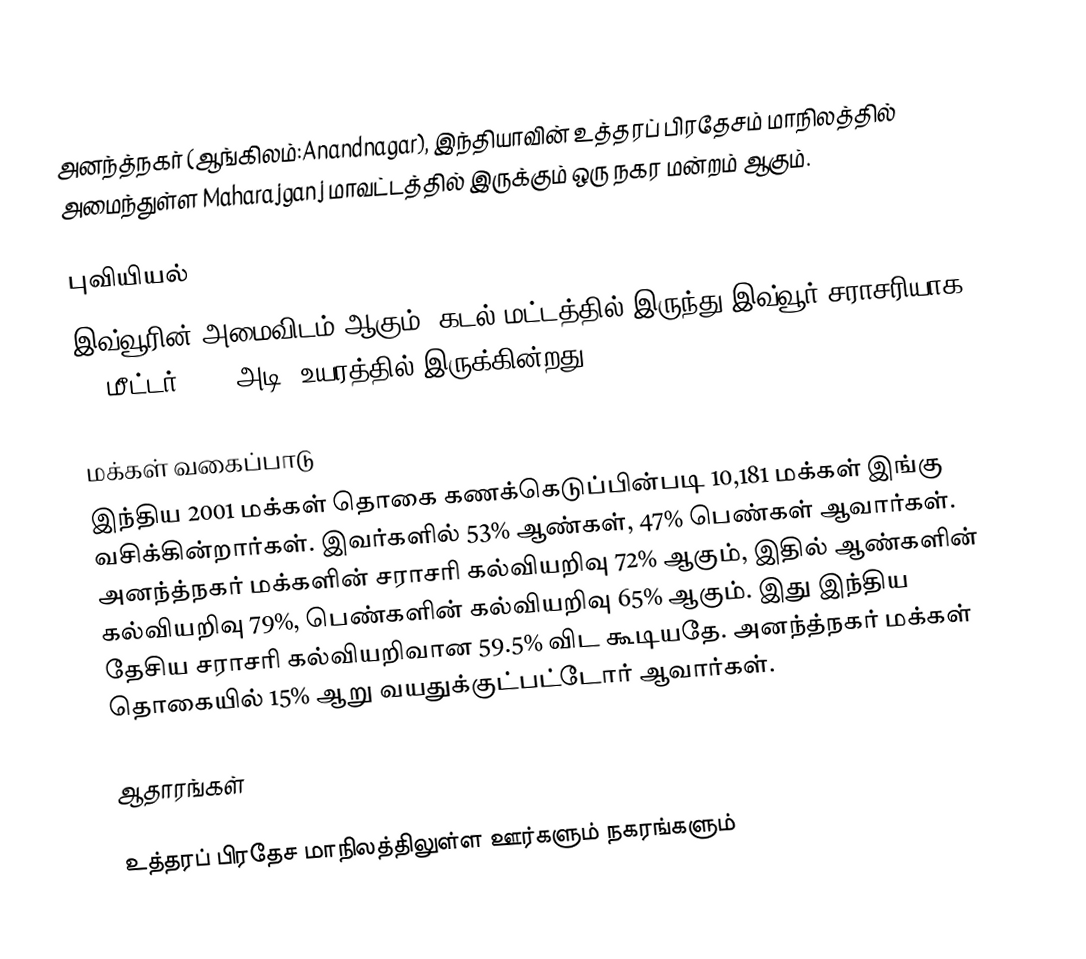
அனந்த்நகர் (ஆங்கிலம்:Anandnagar), இந்தியாவின் உத்தரப் பிரதேசம் மாநிலத்தில் அமைந்துள்ள Maharajganj மாவட்டத்தில் இருக்கும் ஒரு நகர மன்றம் ஆகும்.

புவியியல்
இவ்வூரின் அமைவிடம்  ஆகும். கடல் மட்டத்தில் இருந்து இவ்வூர் சராசரியாக 88 மீட்டர் (288 அடி) உயரத்தில் இருக்கின்றது.

மக்கள் வகைப்பாடு
இந்திய 2001 மக்கள் தொகை கணக்கெடுப்பின்படி 10,181 மக்கள் இங்கு வசிக்கின்றார்கள். இவர்களில் 53% ஆண்கள், 47% பெண்கள் ஆவார்கள். அனந்த்நகர் மக்களின் சராசரி கல்வியறிவு 72% ஆகும்,  இதில் ஆண்களின் கல்வியறிவு 79%,  பெண்களின் கல்வியறிவு 65% ஆகும். இது இந்திய தேசிய சராசரி கல்வியறிவான 59.5% விட கூடியதே. அனந்த்நகர் மக்கள் தொகையில் 15%  ஆறு வயதுக்குட்பட்டோர் ஆவார்கள்.

ஆதாரங்கள்

உத்தரப் பிரதேச மாநிலத்திலுள்ள ஊர்களும் நகரங்களும்